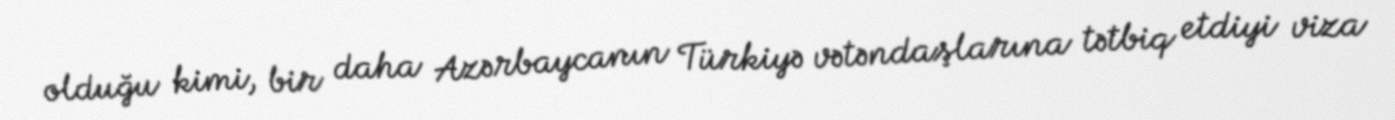
olduğu kimi, bir daha Azərbaycanın Türkiyə vətəndaşlarına tətbiq etdiyi viza